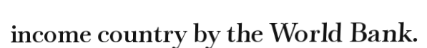
income country by the World Bank.